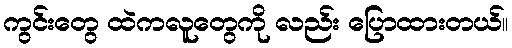
ကွင်းတွေ ထဲကလူတွေကို လည်း ပြောထားတယ်။